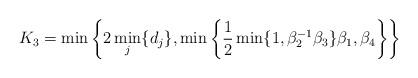
LaTeX: \begin{align*}K_3 = \min\left\{2\min_{j}\{d_j\}, \min\left\{\frac 12 \min\{1, \beta_2^{-1}\beta_3\}\beta_1, \beta_4\right\}\right\}\end{align*}